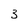
Character: 3